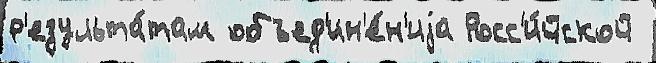
р'езульта́там объед'ин'е́н'иjа Росс'и́йской